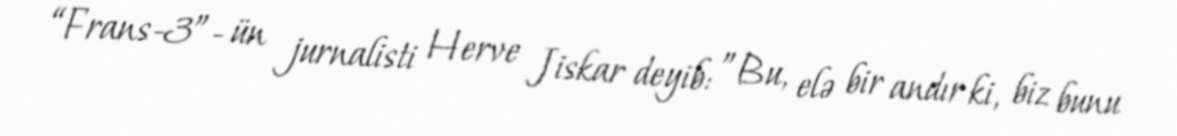
“Frans-3”- ün jurnalisti Herve Jiskar deyib: ”Bu, elə bir andır ki, biz bunu